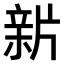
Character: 𤗟